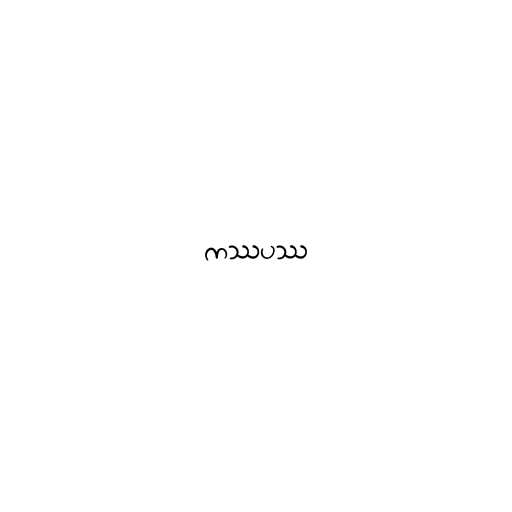
ကဿပဿ